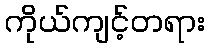
ကိုယ်ကျင့်တရား